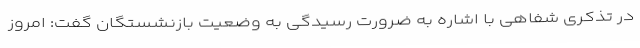
در تذکری شفاهی با اشاره به ضرورت رسیدگی به وضعیت بازنشستگان گفت: امروز